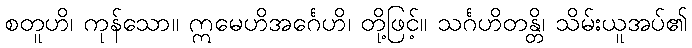
စတူဟိ၊ ကုန်သော။ ဣမေဟိအင်္ဂေဟိ၊ တို့ဖြင့်။ သင်္ဂဟိတန္တိ၊ သိမ်းယူအပ်၏